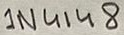
Text: 1N4148